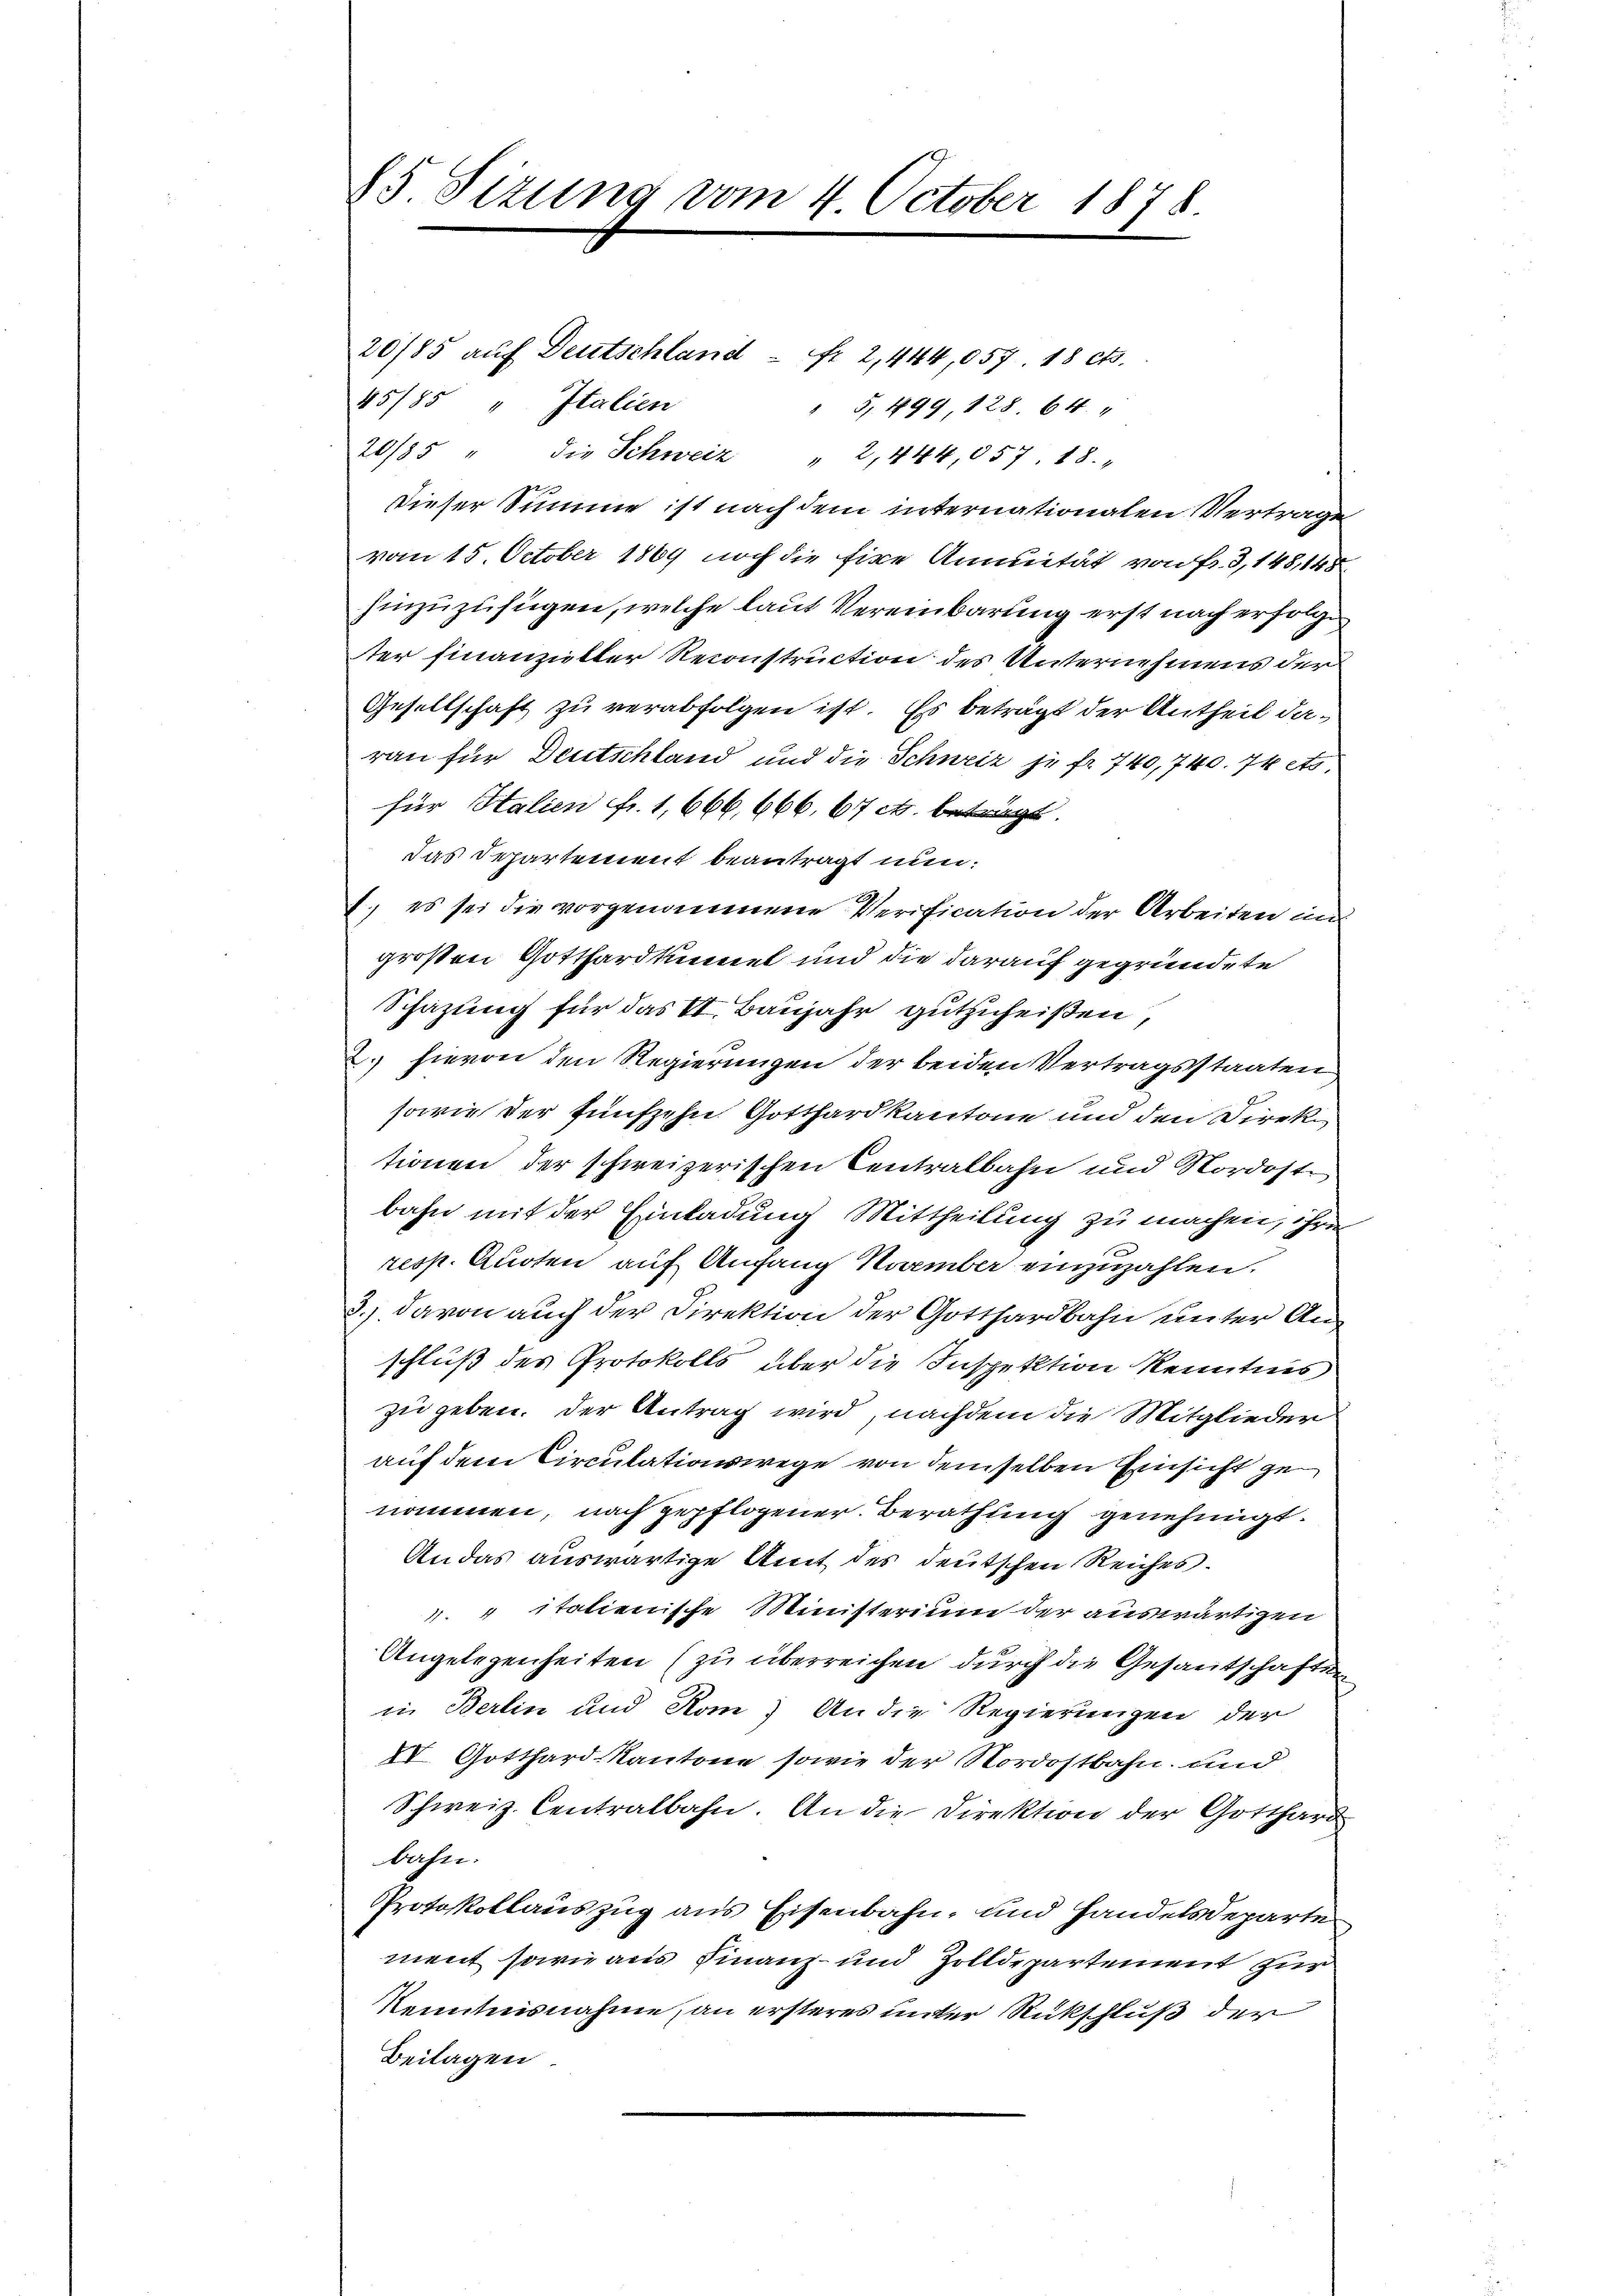
85 Sizung vom 4. October 1878

20/85 auf Deutschland – fr. 2, 414,057, 18 cts.
45/85 " Italien
" 5, 199, 128. 64.
20/85 " die Schweiz " 2,444,857. 18.
Dieser Summe ist nach dem internationalen Vertrage
vom 15. October 1869 noch die fixe Annuität von Fr. 3, 148,148
hinzuzufügen, welche laut Vereinbarung erst nach erfolgen
ser Finanzielter Reconstruction des Unternehmens der
Gesellschaft zu verabfolgen ist. Es beträgt der Antheil daran für Deutschland und die Schweiz je fr. 740,740. 74 ets.
für Halien fr. 1,666, 666. 67 ct. beträgt.
das Departement beantragt nun:
1., es sei die vorgenommene Verification der Arbeiten in
großen Gotthardkennet und die darauf gegründete
Schazung für das VI. Baujahr gutzuheißen,
 hievon den Regierungen der beiden Vertragsstaaten
sowie der fünfzehn Gotthard kantone und den Direktionen der schweizerischen Centralbahn und Nordostbahn mit der Einladung Mittheilung zu machen, ihre
resp. Aucten auf Anfang November einzuzahlen.
3.) davon auch der Direktion der Gotthardbahn unter Anschluß des Protokolls über die Inspektion kenntnis
zu geben. Der Antrag wird, nachdem die Mitglieder
auf dem Circulationswege von demselben Einsicht genommen, nach gepflogener Berathung genehmigt.
An das auswärtige Amt des deutschen Reiches.
1. " italienische Ministerium der auswärtigen
Angelegenheiten (zu überreichen durch die Gesantschaften
in Berlin und Rom. An die Regierungen der
XV. Gotthard-Kantone sowie der Nordostbahn und
Schweiz. Centralbahn. An die Direktion der Gotthard
bahn.
Protokollauszug aus Eisenbahn- und Handelsdeparte
ment sowie aus Finanz- und Zolldepartement zur
Kenntnisnahme, an ersteres unter Rückschluß der
Beilagen.